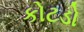
કોટડો